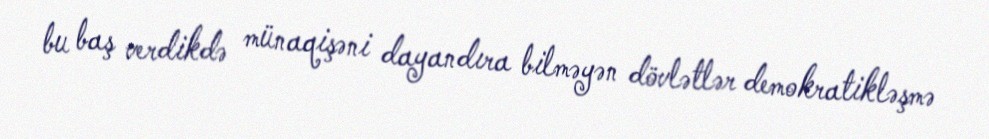
bu baş verdikdə münaqişəni dayandıra bilməyən dövlətlər demokratikləşmə